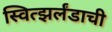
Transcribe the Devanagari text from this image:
स्वित्झर्लंडाची